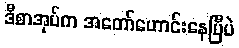
ဒီစာအုပ်က အတော်ဟောင်းနေပြီပဲ